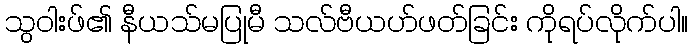
သွဝါးဖ်၏ နီယသ်မပြုမီ သလ်ဗီယဟ်ဖတ်ခြင်း ကိုရပ်လိုက်ပါ။